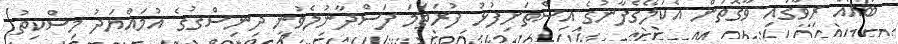
ބައެއް ރިވާގައި ވާގޮތުން އެކަލޭގެފާނުގެ އިސްތަށިފުޅު ފުރަތަމަ ފަސްދާނުލެވުނީ ދިނިސްޤުގެ އުމައްޔަދު މިސްކިތު